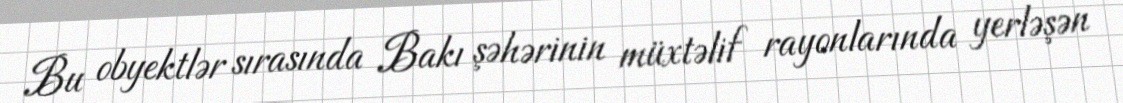
Bu obyektlər sırasında Bakı şəhərinin müxtəlif rayonlarında yerləşən